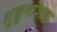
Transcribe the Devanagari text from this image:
शुक्रुनाशक